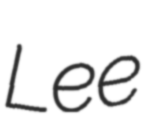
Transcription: Lee